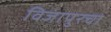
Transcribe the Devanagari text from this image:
विजापुरचा